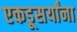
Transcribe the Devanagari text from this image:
एकडूसर्यांना